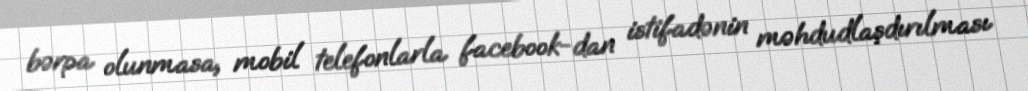
bərpa olunmasa, mobil telefonlarla facebook-dan istifadənin məhdudlaşdırılması